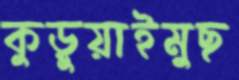
কুড়ুয়াইমুছ